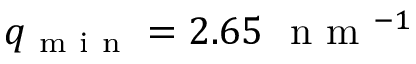
q _ { \mathrm { ~ m ~ i ~ n ~ } } = 2 . 6 5 \ \mathrm { ~ n ~ m ~ } ^ { - 1 }